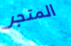
المتجر